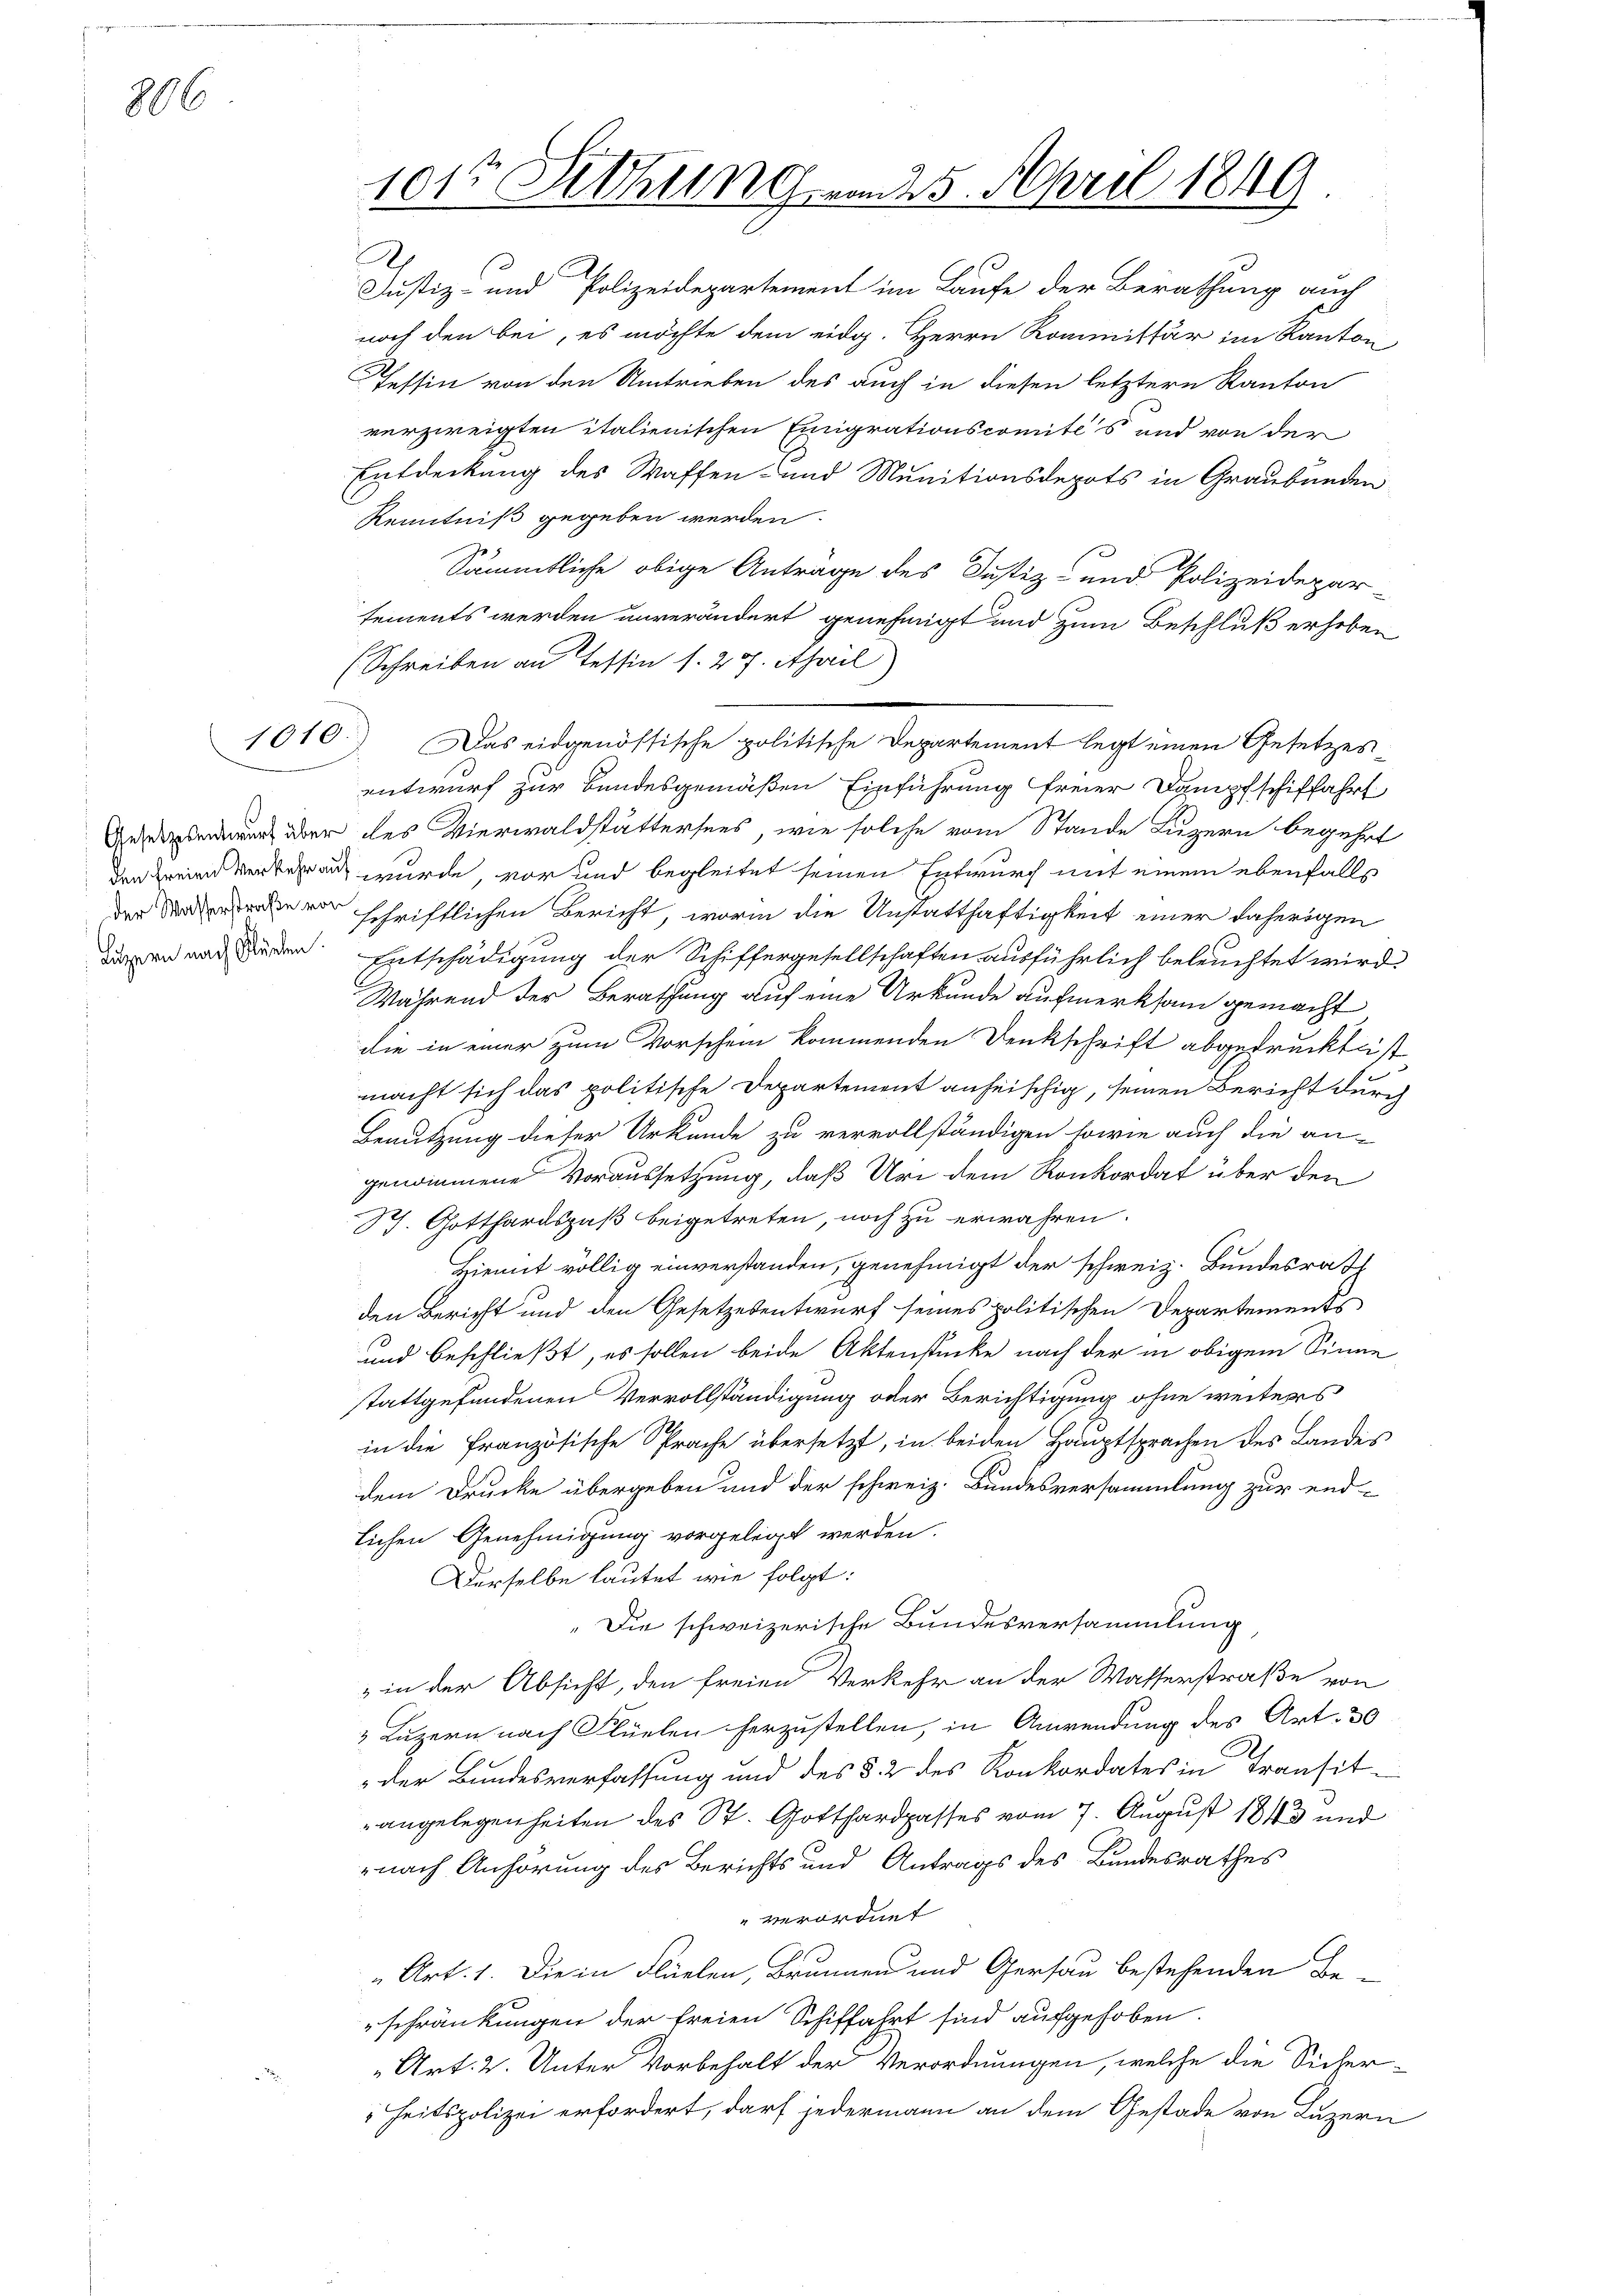
806

1010.

Luzern nach Glücken.

h
Justiz- und Polizeidepartement im Laufe der Berathung auch
noch den bei, es möchte dem eidg. Herrn Rommissär im Kanton
Tessin von den Umtrieben des auch in diesen letztern Kanton
verzweigten italienischen Einigrationscomités und von der
Entdeckung des Waffen- und Munitionsdepots in Graubünden
Kenntniß gegeben werden.
Sämmtliche obige Anträge des Justiz- und Polizeidepar-
tements werden unverändert genehmigt und zum Beschluß erhoben
(Schreiben an Tessin s. 27. April)
entwurf zur Bandesgemäßen Einführung freier Dampfschiffahrt
Gedenen aber des Vierwaldstattersees, wie solche vom Stande Luzern begehrt
i wurde, vor und begleitet seinen Entwurf mit einem ebenfalls
der schriftlichen Bericht, worin die Anstatthaftigkeit einer daherigen
Entschädigung der Schiffergesellschaften ausführlich beleuchtet wird.
Während der Berathung auf eine Urkunde aufmerksam gemacht
die in einer zum Vorschein kommenden Denkschrift abgedruckt ist,
macht sich das politische Departement anheischig, seinen Bericht durch
Benutzung dieser Urkunde zu vervollständigen sowie auch die an-
genommene Voraussetzung, daß Uri dem Konkordat über den
St. Gotthardspaß beigetreten, noch zu erwahren.
Hiemit völlig einverstanden, genehmigt der schweiz. Bundesrath
den Bericht und den Gesetzesentwurf seines politischen Departements
und beschließt, es sollen beide Aktenstücke nach der in obigem Sinne
stattgefundenen Vervollständigung oder Berichtigung ohne weiters
in die Französische Sprache übersetzt, in beiden Hauptsprachen des Landes
dem Drucke übergeben und der schweiz. Bundesversammlung zur end-
lichen Genehmigung vorgelegt werden.
Derselbe lautet wie folgt:
"Die schweizerische Bundesversammlung
i
 in der Absicht, den freien Verkehr an der Wasserstraße von
& Luzern nach Flüelen herzustellen, in Anwendung des Art. 30
„der Bundesverfassung und des § 2 des Konkordates in Transitangelegenheiten des St. Gotthardpasses vom 7. August 1843 und
nach Anhörung des Berichts und Antrags des Bundesrathes
verordnet
“ Art. 1. Die in Flüelen, Brunnen und Gersau bestehenden Be-
schränkungen der freien Schiffahrt sind aufgehoben.
Art. 2. Unter Vorbehalt der Verordnungen, welche die Sicherheitspolizei erfordert, darf jedermann an dem Gestade von Luzern

101te Sitzung vom 25. April 1840.

Das eidgenössische politische Departement legt einen Gesetzes¬